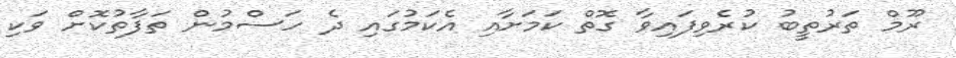
ރޫމް ތަރުތީބު ކުރެވިފައިވާ ގޮތް ކަމަށާއި އެކަމުގައި ދެ ހަސްމުން ތަފާތުކޮށް ވަކި